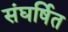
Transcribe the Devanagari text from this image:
संघर्षित